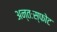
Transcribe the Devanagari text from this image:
अन्तःस्फोट